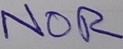
Text: NOR